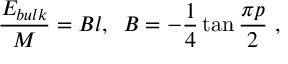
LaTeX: \frac { E _ { b u l k } } { M } = B l , \, \, \, B = - \frac { 1 } { 4 } \tan \frac { \pi p } { 2 } \, \, ,